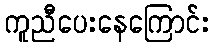
ကူညီပေးနေကြောင်း